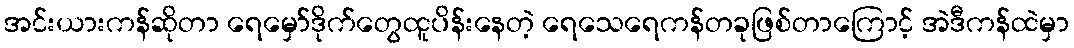
အင်းယားကန်ဆိုတာ ရေမှော်ဒိုက်တွေထူပိန်းနေတဲ့ ရေသေရေကန်တခုဖြစ်တာကြောင့် အဲဒီကန်ထဲမှာ